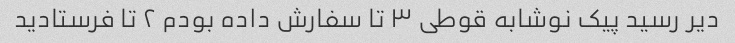
دیر رسید پیک نوشابه قوطی ۳ تا سفارش داده بودم ۲ تا فرستادید